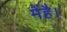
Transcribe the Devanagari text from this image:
मेंहै।